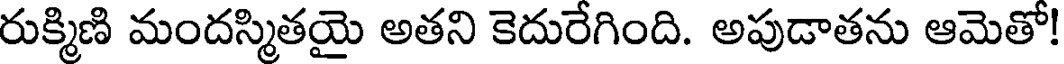
రుక్మిణి మందస్మితయై అతని కెదురేగింది. అపుడాతను ఆమెతో!